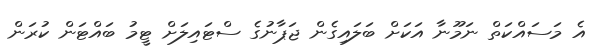
އެ މަސައްކަތް ނަމޫނާ އަކަށް ބަލައިގެން ޖަޕާނުގެ ސްޓައިލަށް ޓީމު ބައްޓަން ކުރަން